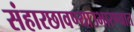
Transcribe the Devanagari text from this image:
संहारछावण्याउभारण्यात